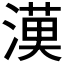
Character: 𱨓